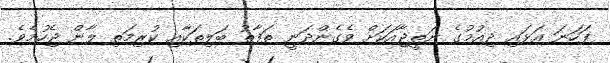
ފަހަނަ އަޅައި ދިއުމުގެ ނަތީޖާއަކަށް ވެގެންދަނީ ތަފާތު ބަލިތަކާއި ކުރިމަތި ލާން ޖެހުމެވެ.